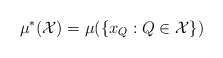
\begin{align*}\mu^*({\mathcal X}) = \mu(\{x_Q:Q \in {\mathcal X}\})\end{align*}